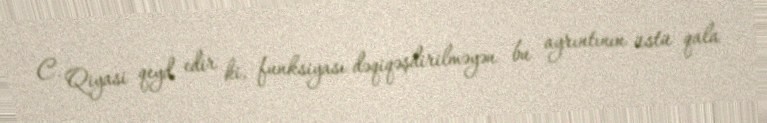
C. Qiyasi qeyd edir ki, funksiyası dəqiqəşdirilməyən bu ayrıntının üstü qala